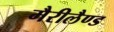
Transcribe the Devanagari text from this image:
मैरीलैण्ड